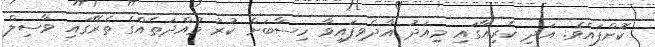
ކޮށްފައެވެ. އަދި ކެރިއާގައި މިއަދު އާދެވިފައިވާ ހިސާބަށް ކުރު މުއްދަތެއްގެ ތެރޭގައި ވާސިލް